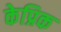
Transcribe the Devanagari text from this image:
केप्रिक